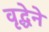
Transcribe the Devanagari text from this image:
वृद्धेने